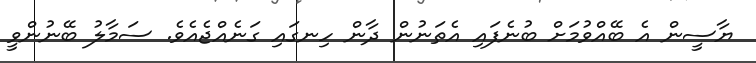
ޔާސީން އެ ބޭއްވުމަށް ބުނެފައި އެތަނުން ދާން ހިނގައި ގަނެއްޖެއެވެ. ސަމާލު ބޭނުންވީ